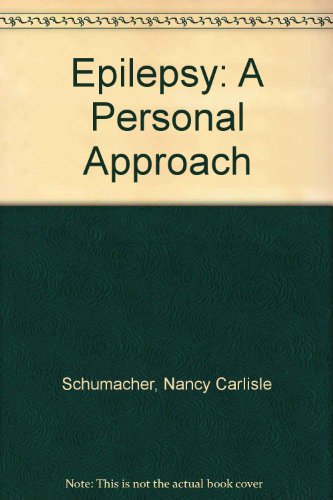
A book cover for Epilepsy: A Personal Approach; Nancy Carlisle Schumacher; Health, Fitness & Dieting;